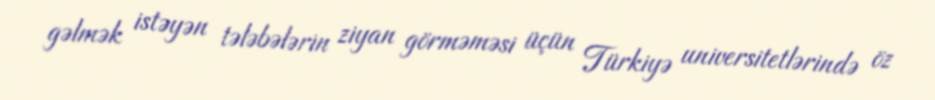
gəlmək istəyən tələbələrin ziyan görməməsi üçün Türkiyə universitetlərində öz